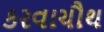
કરવાચૌથ